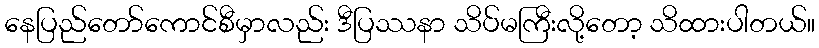
နေပြည်တော်ကောင်စီမှာလည်း ဒီပြဿနာ သိပ်မကြီးလို့တော့ သိထားပါတယ်။